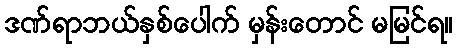
ဒဏ်ရာဘယ်နှစ်ပေါက် မှန်းတောင် မမြင်ရ။